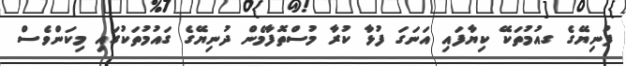
ފުނިޔޭގެ ގއުމުތަކޭ ކިޔާފައި އަނަގަ ފުޅާ ކުރާ މުސްތޮފާމެން ދުނިޔޭގެ ގައުމުތަކުގައި މިކަންވެސް